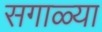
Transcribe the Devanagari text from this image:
सगाळ्या